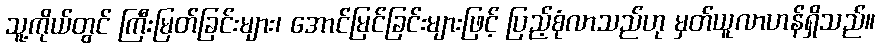
သူ့ကိုယ်တွင် ကြီးမြတ်ခြင်းများ၊ အောင်မြင်ခြင်းများဖြင့် ပြည့်စုံလာသည်ဟု မှတ်ယူလာဟန်ရှိသည်။